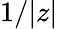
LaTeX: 1/|z|